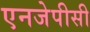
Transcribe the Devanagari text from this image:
एनजेपीसी